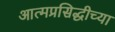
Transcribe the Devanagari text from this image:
आत्मप्रसिद्धीच्या